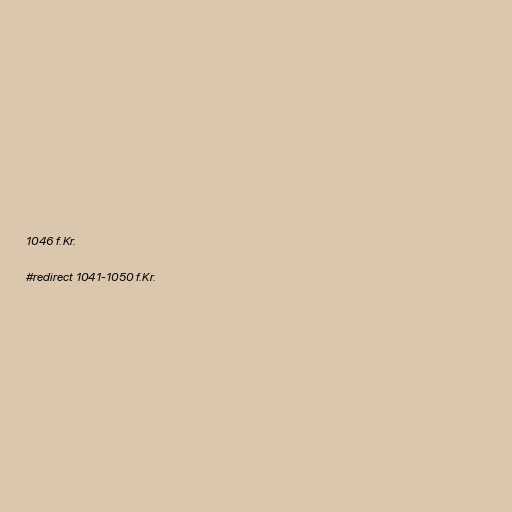
1046 f.Kr.

#redirect 1041-1050 f.Kr.